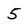
Character: 5